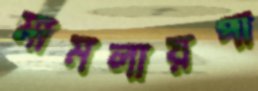
মামলায়পা